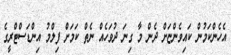
އެހެންކަމުން ކައިވެންޏަށް ދެން މާ ގިނަ ދުވަހެއް ނެތް ކަމަށް ފިލްމު އިންޑަސްޓްރީގެ